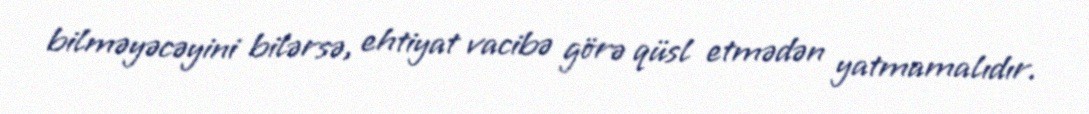
bilməyəcəyini bilərsə, ehtiyat vacibə görə qüsl etmədən yatmamalıdır.